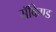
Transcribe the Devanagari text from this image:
सॅकिण्ड